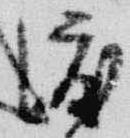
渡